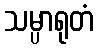
သမ္ပာရုတံ